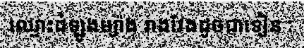
ឈ្មោះដំឡូងម្យ៉ាង រាងវែងដូចជាទៀន :